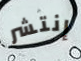
إنتشر